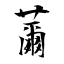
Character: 薾